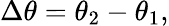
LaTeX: \Delta\theta=\theta_{2}-\theta_{1},